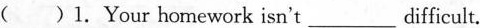
( )1.Your homework isn't___difficult.